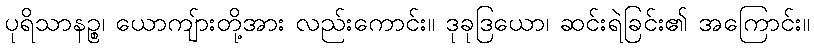
ပုရိသာနဉ္စ၊ ယောကျ်ားတို့အား လည်းကောင်း။ ဒုခုဒြယော၊ ဆင်းရဲခြင်း၏ အကြောင်း။